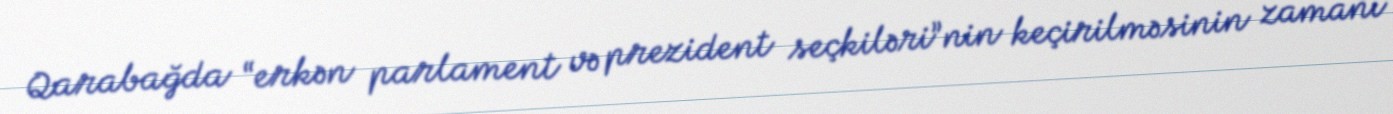
Qarabağda “erkən parlament və prezident seçkiləri”nin keçirilməsinin zamanı